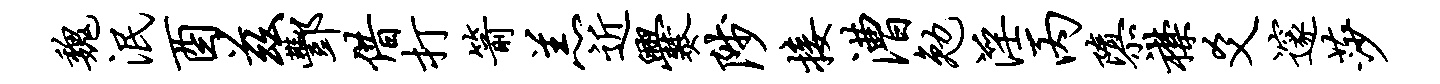
魏泯酉兹酆借打箭羔近爨陟接漕勉淫丙隳襟爻邃莎